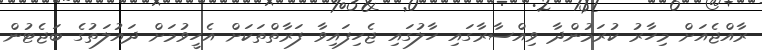
ރާއްޖެއަށް މިހާރު ކުރަމުންދާ ވިއްސާރާގައި ހާލުގައި ޖެހިފައިވާ ފަރާތްތަކަށް އެހީވުމަށް ދައުލަތުގެ ބަޖެޓުން